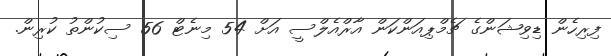
ފިރިހެން ޑިވިޝަންގެ ޗެމްޕިއަންކަން އާރްއެލްސީ އަށް 54 މިނެޓް 56 ސިކުންތު ކުރިން.